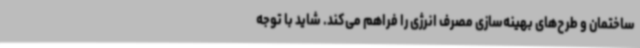
ساختمان و طرح‌های بهینه‌سازی مصرف انرژی را فراهم می‌کند. شاید با توجه